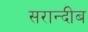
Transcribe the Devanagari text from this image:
सरान्दीब